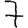
Digit: 7